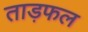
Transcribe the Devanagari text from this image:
ताड़फल